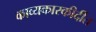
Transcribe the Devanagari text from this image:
काव्यकारकीर्दीत